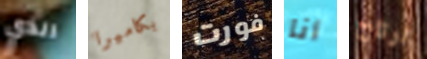
الذي بكاميرا فورت أنا ارتاح